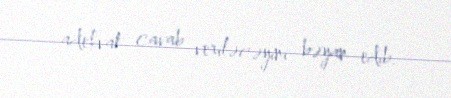
adekvat cavab veriləcəyini bəyan edib.